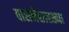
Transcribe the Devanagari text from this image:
वासनेसारख्या